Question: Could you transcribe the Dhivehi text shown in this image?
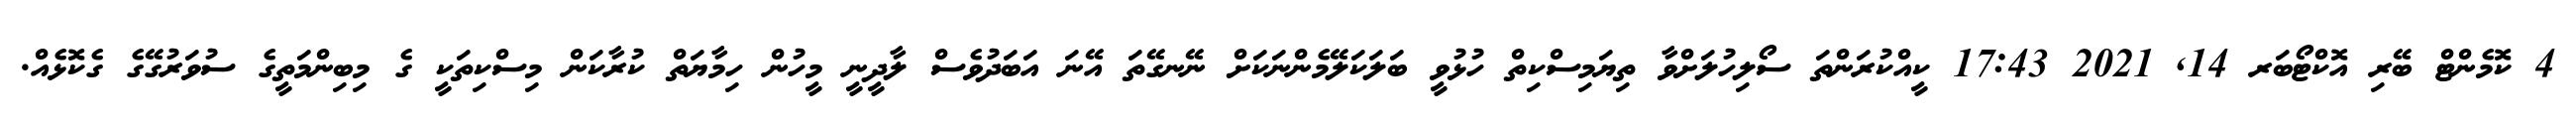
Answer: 4 ކޮމެންޓް ބޭރި އޮކްޓޯބަރ 14, 2021 17:43 ކީއްކުރަންތަ ސޯލިހުލަށްވާ ތިޔަމިސްކިތް ހުޅުވީ ބަލަކަލޭމެންނަކަށް ނޭނގޭތަ އޭނަ އަބަދުވެސް ލާދީނީ މީހުން ހިމާޔަތް ކުރާކަން މިސްކިތަކީ ގެ މިބިންމަތީގެ ސުވަރުގޭގެ ގެކޮޅެއް.